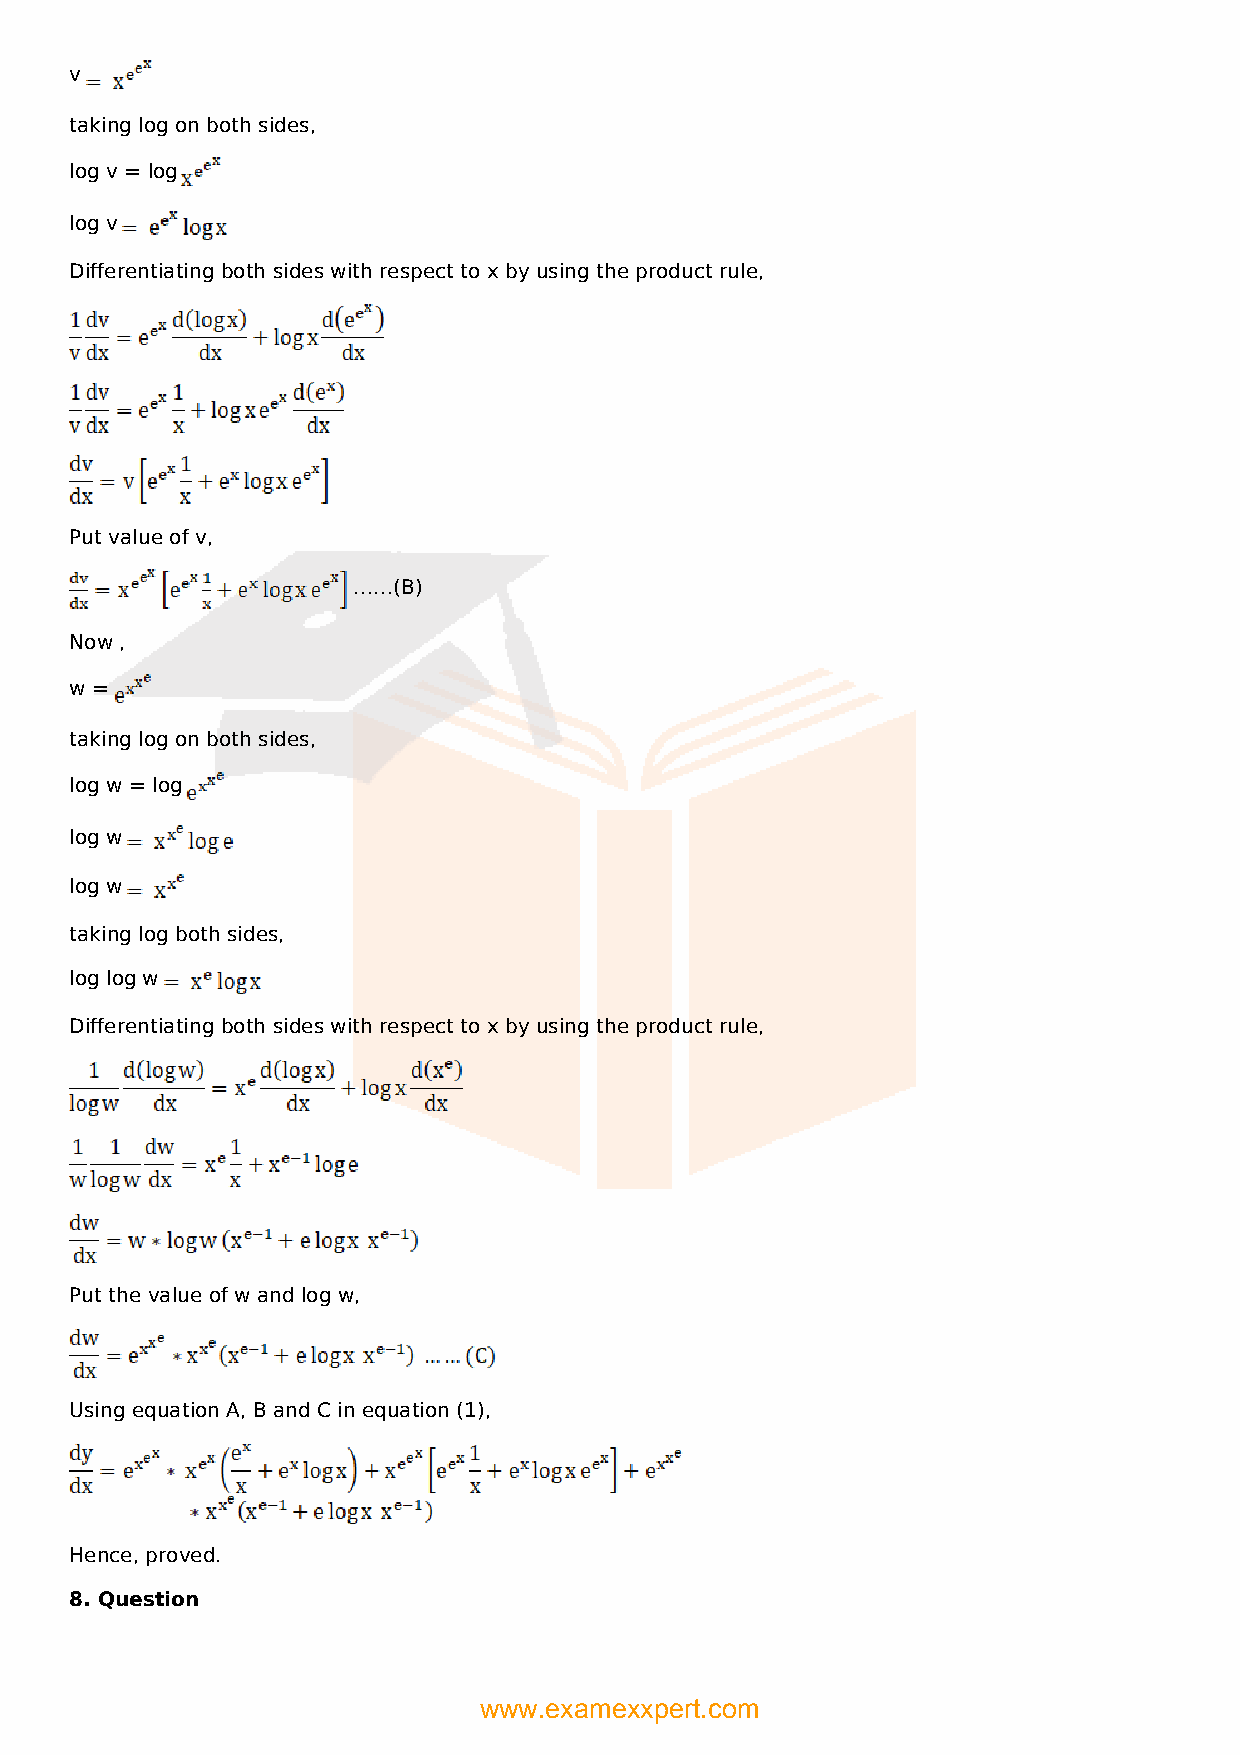
v
 taking log on both sides,
 log v = log
 log v
 Differentiating both sides with respect to x by using the product rule,
 Put value of v,
 ……(B)
 Now ,
 w =
 taking log on both sides,
 log w = log
 log w
 log w
 taking log both sides,
 log log w
 Differentiating both sides with respect to x by using the product rule,
 Put the value of w and log w,
 Using equation A, B and C in equation (1),
 Hence, proved.
 8. Question
 www.examexxpert.com